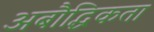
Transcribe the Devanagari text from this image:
अबौद्धिकता